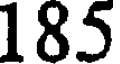
185